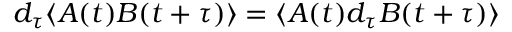
d _ { \tau } \langle A ( t ) B ( t + \tau ) \rangle = \langle A ( t ) d _ { \tau } B ( t + \tau ) \rangle